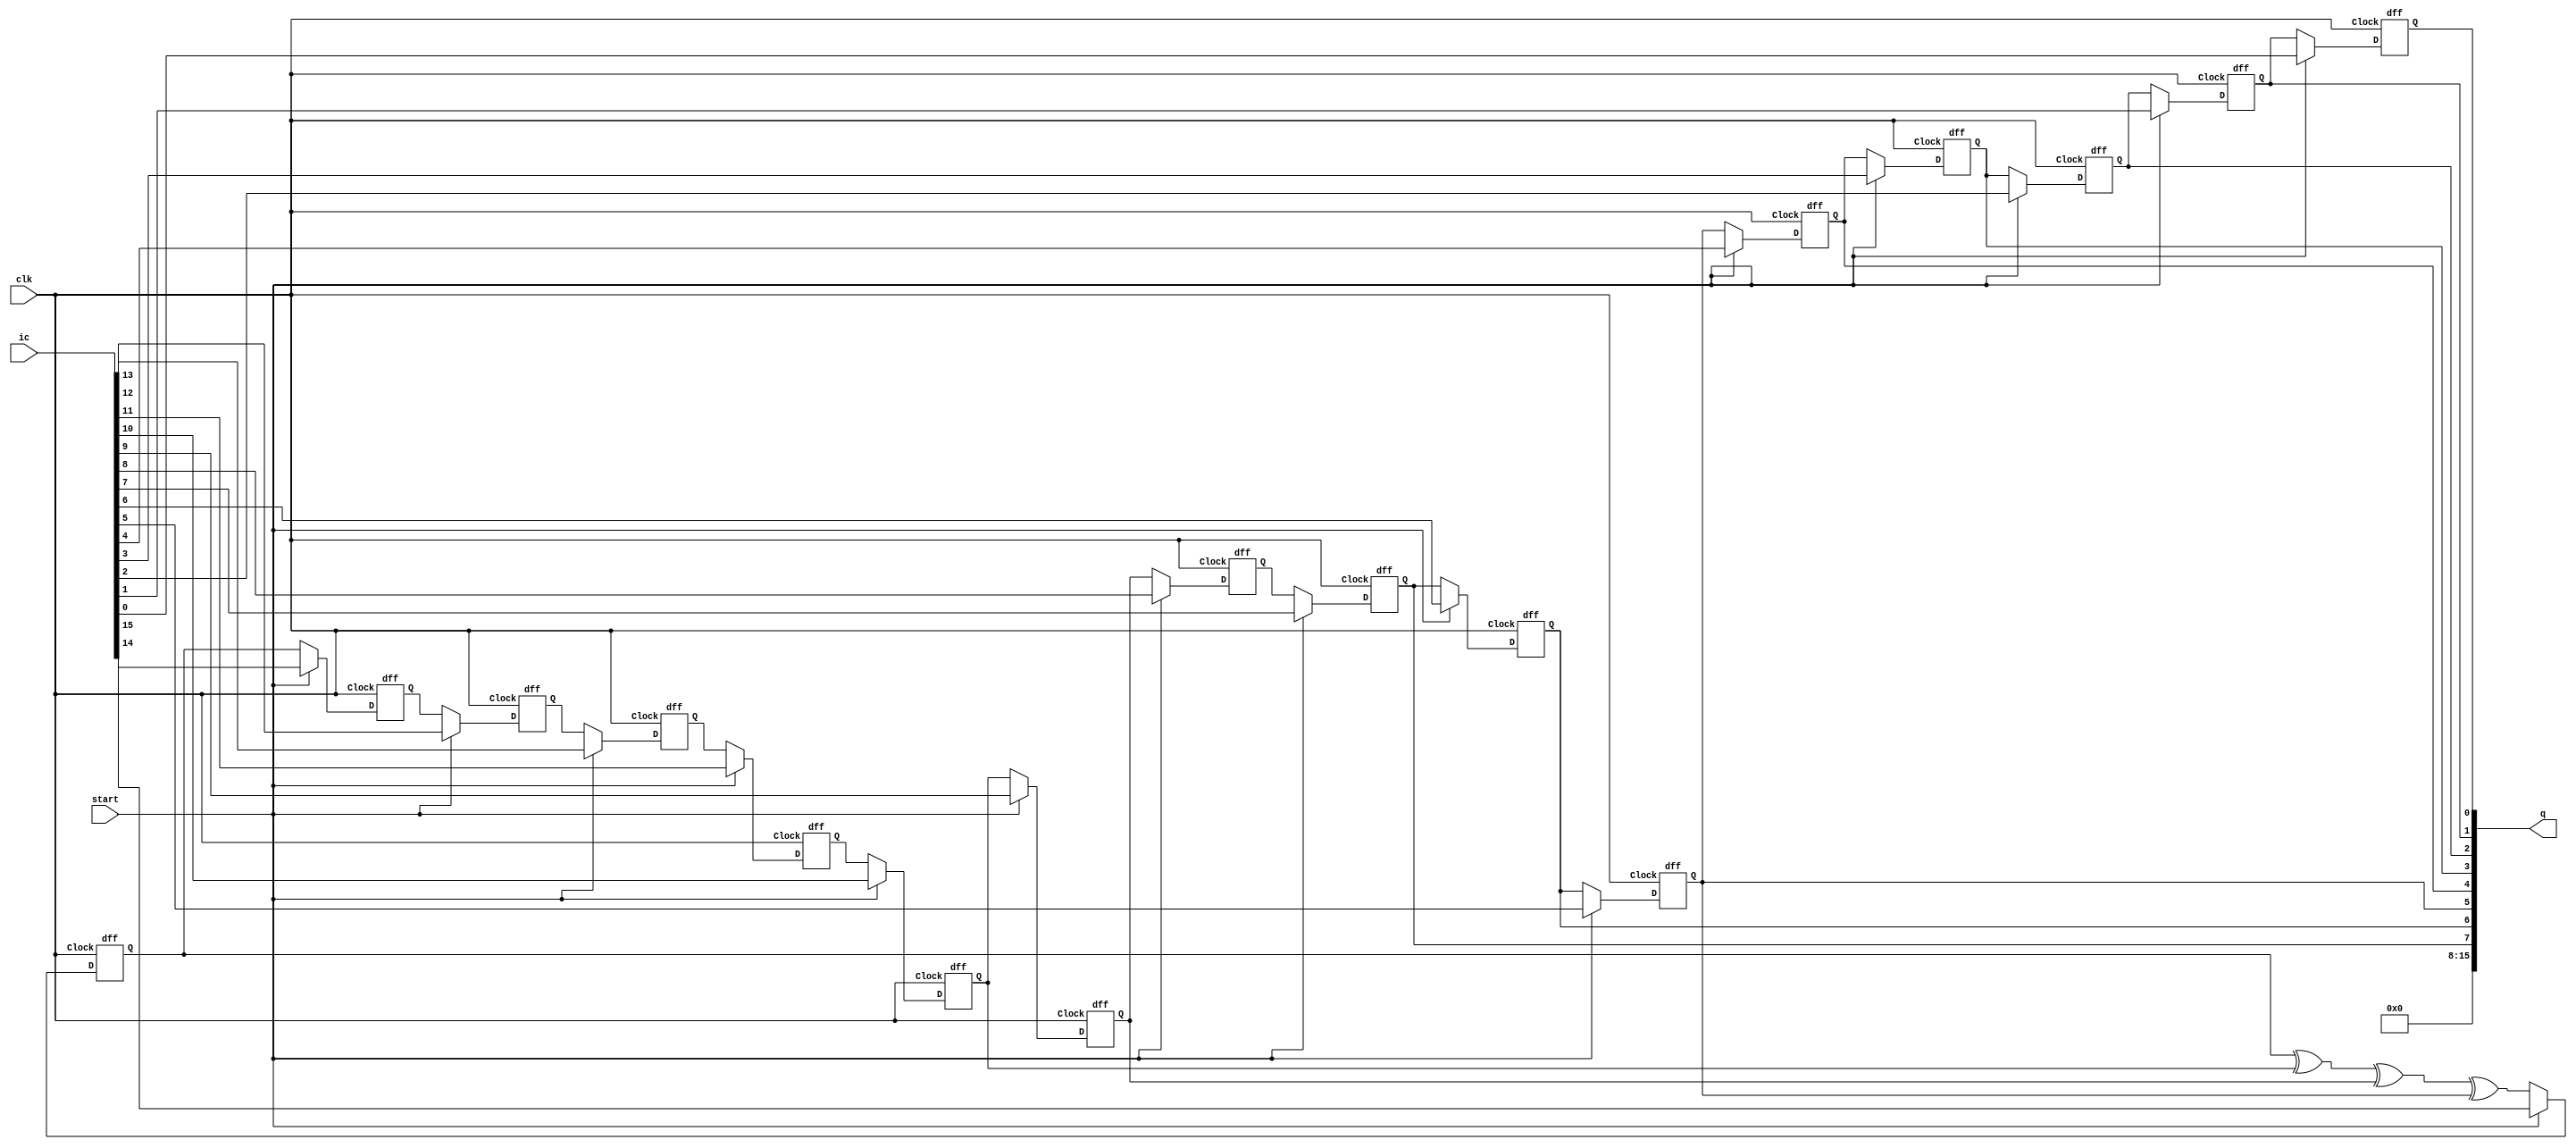
module Randomizer(ic,start,clk,q); // main module for lfsr
  input [15:0]ic;
  input start, clk;
  output [15:0]q;
  wire s;
  wire [15:0]lfs;
  assign s=lfs[15]^lfs[10]^lfs[9]^lfs[5];
  dff dff1(lfs[15],start?ic[15]:s,clk);
  dff dff2(lfs[14],start?ic[14]:lfs[15],clk);
  dff dff3(lfs[13],start?ic[13]:lfs[14],clk);
  dff dff4(lfs[12],start?ic[12]:lfs[13],clk);
  dff dff5(lfs[11],start?ic[11]:lfs[12],clk);
  dff dff6(lfs[10],start?ic[10]:lfs[11],clk);
  dff dff7(lfs[9],start?ic[9]:lfs[10],clk);
  dff dff8(lfs[8],start?ic[8]:lfs[9],clk);
  dff dff9(lfs[7],start?ic[7]:lfs[8],clk);
  dff dff10(lfs[6],start?ic[6]:lfs[7],clk);
  dff dff11(lfs[5],start?ic[5]:lfs[6],clk);
  dff dff12(lfs[4],start?ic[4]:lfs[5],clk);
  dff dff13(lfs[3],start?ic[3]:lfs[4],clk);
  dff dff14(lfs[2],start?ic[2]:lfs[3],clk);
  dff dff15(lfs[1],start?ic[1]:lfs[2],clk);
  dff dff16(lfs[0],start?ic[0]:lfs[1],clk);
  assign q = {8'b00000000, lfs[7:0]};
endmodule

module dff (Q, D, Clock); //sub module- d flip flop
  output Q;
  input D;
  input Clock;
  reg Q;
  always @(posedge Clock)
  begin
    Q <= D;
  end
endmodule